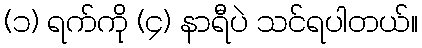
(၁) ရက်ကို (၄) နာရီပဲ သင်ရပါတယ်။